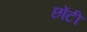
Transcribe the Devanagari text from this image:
छोंटी